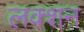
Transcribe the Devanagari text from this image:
लक्शन